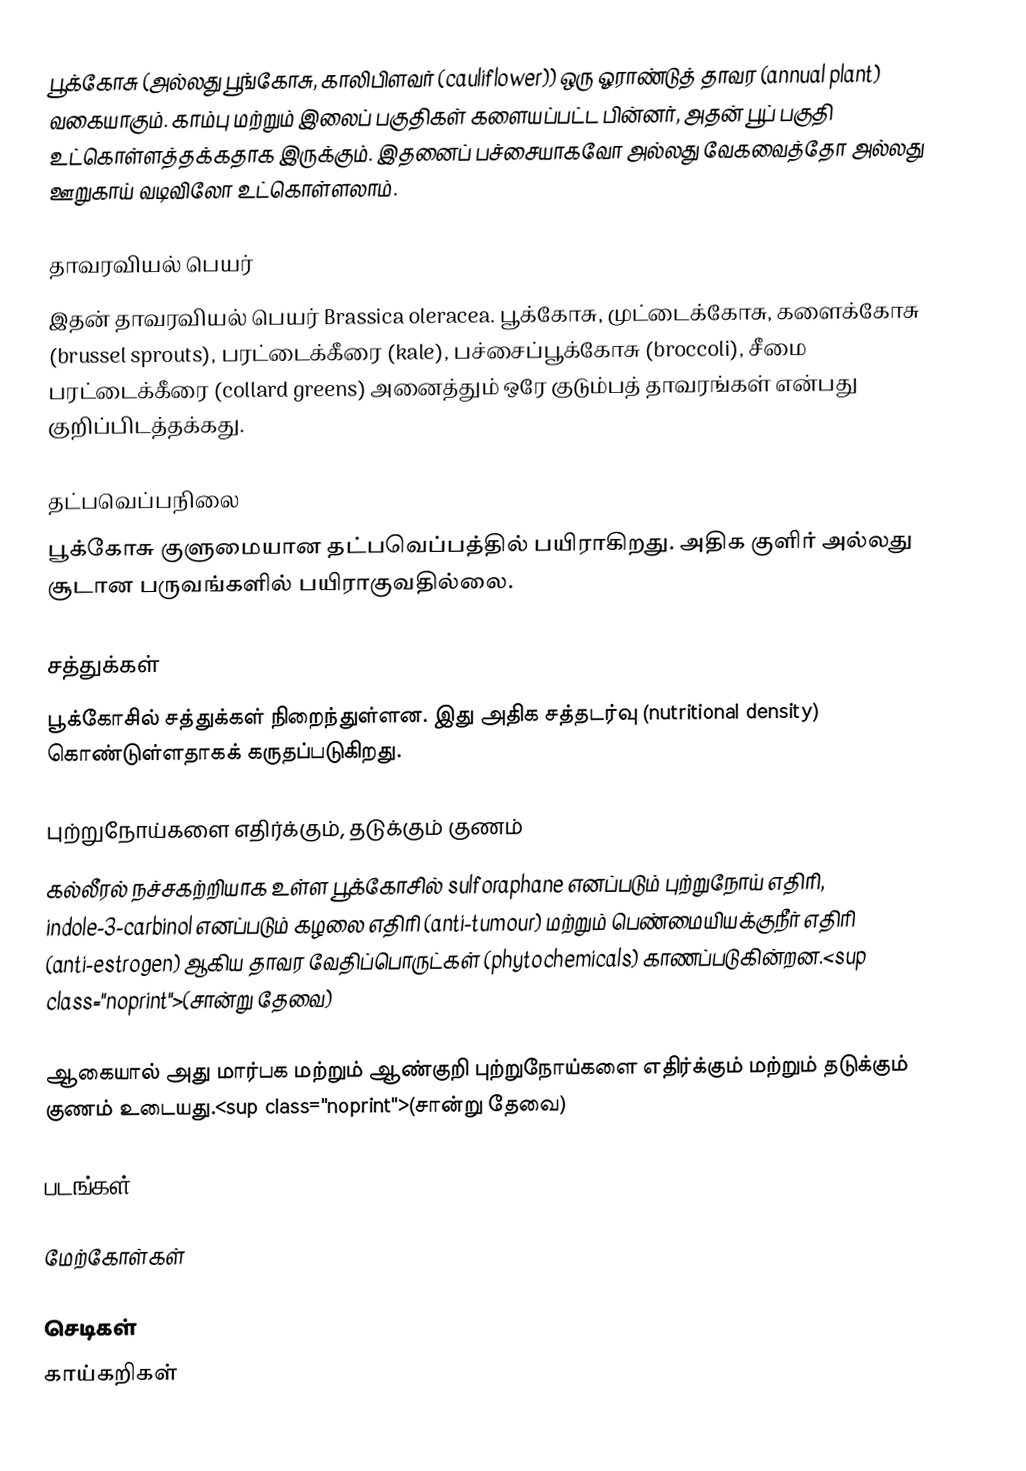
பூக்கோசு (அல்லது பூங்கோசு, காலிபிளவர் (cauliflower)) ஒரு ஓராண்டுத் தாவர (annual plant) வகையாகும். காம்பு மற்றும் இலைப் பகுதிகள் களையப்பட்ட பின்னர், அதன் பூப் பகுதி உட்கொள்ளத்தக்கதாக இருக்கும். இதனைப் பச்சையாகவோ அல்லது வேகவைத்தோ அல்லது ஊறுகாய் வடிவிலோ உட்கொள்ளலாம்.

தாவரவியல் பெயர்
இதன் தாவரவியல் பெயர்  Brassica oleracea. பூக்கோசு, முட்டைக்கோசு, களைக்கோசு (brussel sprouts), பரட்டைக்கீரை (kale), பச்சைப்பூக்கோசு (broccoli), சீமை பரட்டைக்கீரை (collard greens) அனைத்தும் ஒரே குடும்பத் தாவரங்கள் என்பது குறிப்பிடத்தக்கது.

தட்பவெப்பநிலை
பூக்கோசு குளுமையான தட்பவெப்பத்தில் பயிராகிறது. அதிக குளிர் அல்லது சூடான பருவங்களில் பயிராகுவதில்லை.

சத்துக்கள்
பூக்கோசில் சத்துக்கள் நிறைந்துள்ளன. இது அதிக சத்தடர்வு (nutritional density) கொண்டுள்ளதாகக் கருதப்படுகிறது.

புற்றுநோய்களை எதிர்க்கும், தடுக்கும் குணம்
கல்லீரல் நச்சகற்றியாக உள்ள பூக்கோசில் sulforaphane எனப்படும் புற்றுநோய் எதிரி, indole-3-carbinol எனப்படும் கழலை எதிரி (anti-tumour) மற்றும் பெண்மையியக்குநீர் எதிரி (anti-estrogen) ஆகிய தாவர வேதிப்பொருட்கள் (phytochemicals) காணப்படுகின்றன.<sup class="noprint">(சான்று தேவை)

ஆகையால் அது மார்பக மற்றும் ஆண்குறி புற்றுநோய்களை எதிர்க்கும் மற்றும் தடுக்கும் குணம் உடையது.<sup class="noprint">(சான்று தேவை)

படங்கள்

மேற்கோள்கள்

செடிகள்
காய்கறிகள்